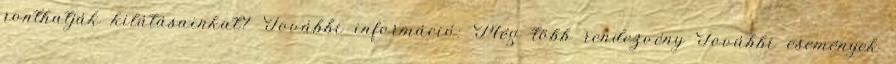
ronthatják kilátásainkat? További információ: Még több rendezvény További események